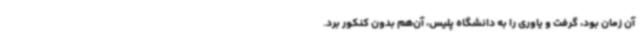
آن زمان بود، گرفت و یاوری را به دانشگاه پلیس، آن‌هم بدون کنکور برد.